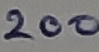
Text: 200